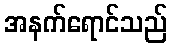
အနက်ရောင်သည်